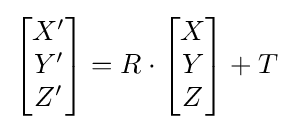
{\begin{bmatrix}X'\\Y'\\Z'\\\end{bmatrix}}=R\cdot {\begin{bmatrix}X\\Y\\Z\\\end{bmatrix}}+T